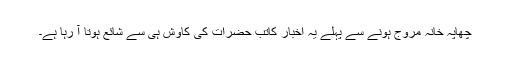
چھاپہ خانہ مروج ہونے سے پہلے یہ اخبار کاتب حضرات کی کاوش ہی سے شائع ہوتا آ رہا ہے۔